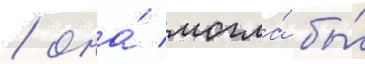
/ она́ могла́ бы́